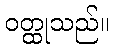
ဝတ္ထုသည်။